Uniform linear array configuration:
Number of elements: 12
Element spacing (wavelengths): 0.25
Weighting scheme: blackman
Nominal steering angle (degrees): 60
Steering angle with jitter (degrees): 60.922
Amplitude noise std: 0.05
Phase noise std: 0.05

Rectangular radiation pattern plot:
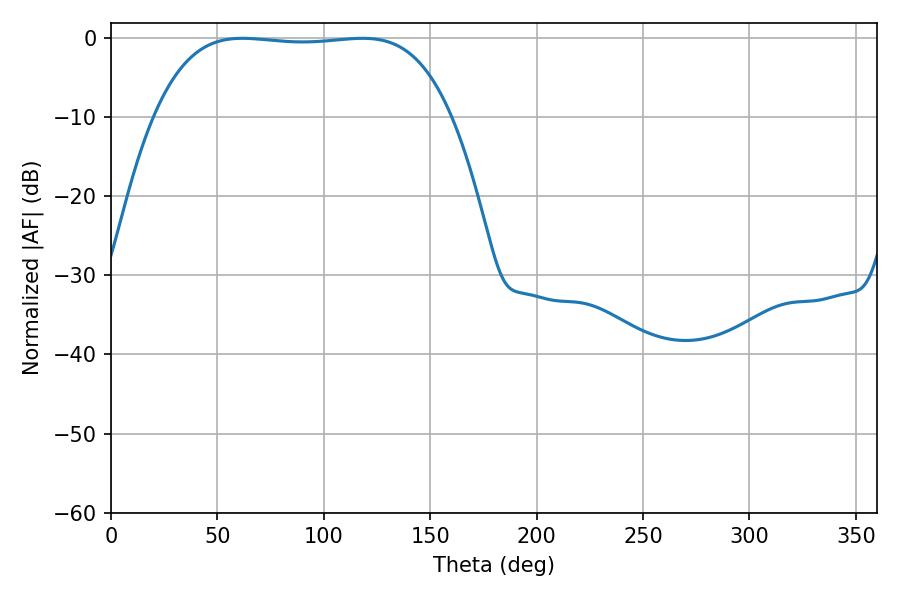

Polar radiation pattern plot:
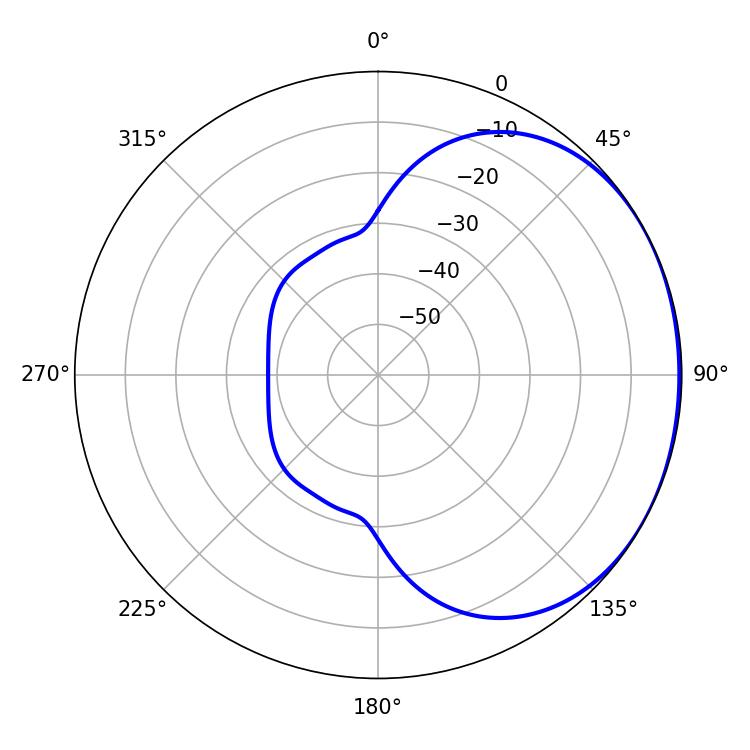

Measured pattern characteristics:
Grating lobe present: FALSE
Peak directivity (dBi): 1.093
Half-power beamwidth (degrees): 109.08
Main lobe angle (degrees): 61.74